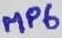
Text: MP6